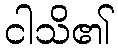
ငါသိ၏